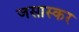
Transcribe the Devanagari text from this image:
जसास्कर